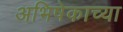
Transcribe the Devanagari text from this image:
अभिषेकाच्या